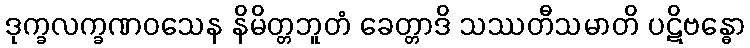
ဒုက္ခလက္ခဏဝသေန နိမိတ္တဘူတံ ခေတ္တာဒိ သဿတီသမာတိ ပဋိဗန္ဓော